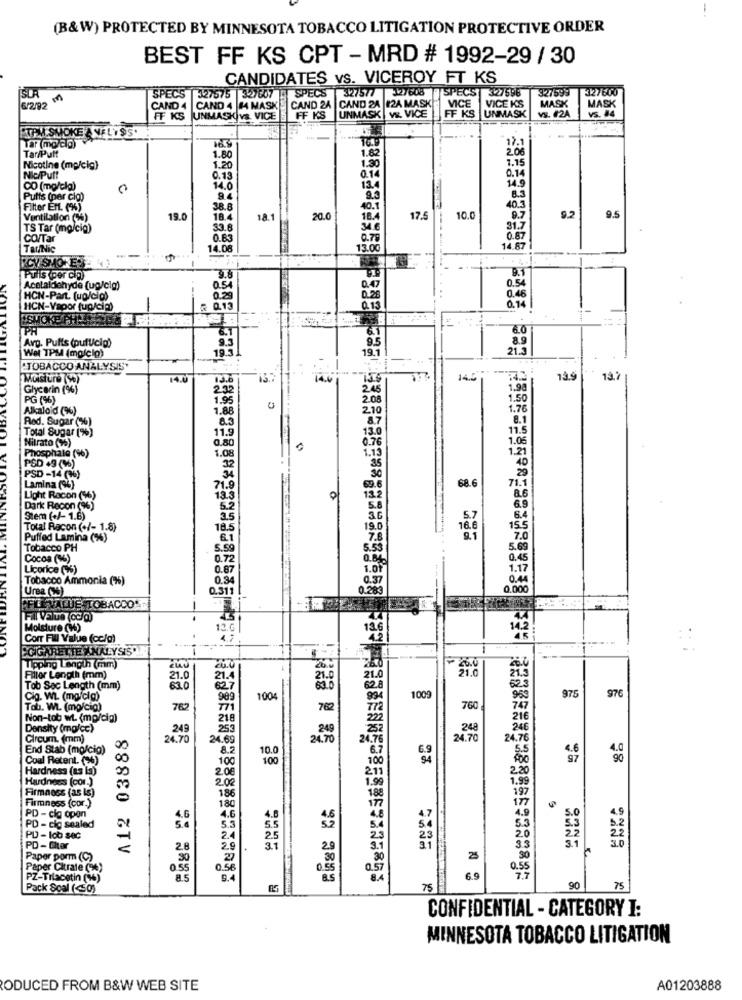
(B&W) PROTECTED BY MINNESOTA TOBACCO LITIGATION PROTECTIVE ORDER
BEST FF KS CPT - MRD # 1992-29 / 30
CANDIDATES VS. VICEROY FT KS
SPECS 327577 327608
T SPECS
327598
327599
327600
SPECS
327575 |327607
CAND 24 |CAND 24 #2A MASK
VICE
6/2/92
CAND 4 |CAND 4 14 MASK
UNMASK vs. VICE
VICE KS
MASK
MASK
FF KS
UNMASKIV& VICE
FF KS
FF KS UNMASK
VS. #2A
vs. 74
ETPM SMOKE ANFLYSS.
var (mg/elg)
16.5
17.1
1.62
Tar/Puff
1.80
1.15
Nicotine (mg/cig)
1.20
1.30
Nic/Putt
0.13
0.14
0.14
14.9
CO (mg/clg)
0
14.0
Putts (per cio)
9.4
40.3
8.3
Filter Ert. (%)
38.8
40.1
Ventilation (3%)
19.0
18.4
18
20.0
18.
17.5
10.0
9.7
9.2
9.5
TS Tar (mg/cig)
33.6
31.7
Co/Tar
0.63
0.79
0.87
Tar/Nic
14.08
13.00
14.67
ROY SMOTE
PTils (per CD)
3.6
Acetaldehyde (ug/cig)
0.54
HCN-Part. (up/cio)
0:29
0.46
HCN-Vapor (up/cia)
₪ 0.13
0.14
SMOKE PIT
PA
6.0
Avp. Pufts (pufucip)
8.9
19.3
95
21.3
Wel TPM (malclg)
19.1
"TOBACCO ANALYSIS'
Moisture (50)
14.0
14.6
14.5
13.9
13.7
Glycerin (96)
232
245
1.98
PG (%)
1.95
2.08
1.50
Alkaloid (%)
1.88
0
2.10
1.76
8.3
8.7
8.1
Red. Sugar (%)
Total Sugar (%)
11.9
13.0
11.5
0.76
1.06
Nitrato (9%)
Phosphate (%)
0.80
1.13
1.21
PSD 49 (46)
1.08
32
30
PSD -14 (96)
69.6
68.
71.1
Lamina (96)
71.9
8.6
Light Racon (6)
13.3
132
6.9
Dark Recon (96)
5.2
5.8
Stem (+/- 1.6)
3.5
6.4
Total Racon (+/- 1.8)
18.5
19.0
15.5
Puffed Lamina (%)
6.1
7.6
7.0
Tobacco PH
5.59
5.53
5.69
Cocoa (%)
0.72
0.84
0.45
Licorice (4%)
0.87
1.01
1.17
Tobacco Ammonia (%%)
0.34
0.37
0.44
Urea (W)
0.31
0.283
0.000
AFILEVALUESTOBACCO'
Moisture (W)
13.6
136
Corr Fill Value (cc/g)
4.7
ECIGARETTE INALYSISO
--
26.4
Tipping Length (mm)
21.3
Filler Length (mm)
21.0
21.4
21.0
21.0
62.3
Tob Sec Length (mm)
630
976
Cig. WL. (mg/cig)
989
1004
1009
953
975
Tab. WL. (mo/cig)
762
771
762
760
Non-tob wt. (mp/dig)
218
216
Density (mg/cc)
A12 03888
249
253
200
252
.248
24€
Circum. (mm)
24.70
24.69
24.70
24.76
24.70
24.76
End Stab (mo/cig)
00
8.2
6.7
S.S
Coal Retent. (96)
00
100
100
97
28
Hardness (as la)
2.0€
211
20
Hardness (cor.)
200
1.99
.99
Firmness (as Is)
50
188
197
Firmness (cor.)
180
186
177
4.7
4.9
4.9
PD - cig open
4.6
5.3
4.0
5
5.3
PD - cig sealed
25
20
PD -lob sec
2.4
31
23
PD - Gitar
28
29
29
3.3
Paper porm (C)
27
25
Paper Citrate (6)
0.55
0.58
0.55
0.55
PZ-Tilacetin (16)
9.
R
B.S
8.4
6.9
Pack Soal (<50)
90
75
CONFIDENTIAL - CATEGORY I:
MINNESOTA TOBACCO LITIGATION
ODUCED FROM B&W WEB SITE
A01203888